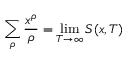
\sum _ { \rho } { \frac { x ^ { \rho } } { \rho } } = \operatorname* { l i m } _ { T \rightarrow \infty } S ( x , T ) \quad